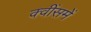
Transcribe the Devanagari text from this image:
क्वींसमें